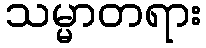
သမ္မာတရား